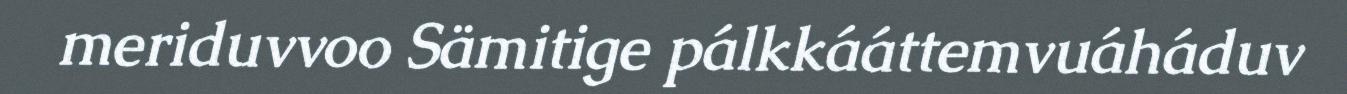
meriduvvoo Sämitige pálkkááttemvuáháduv